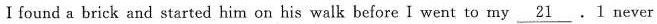
I found a brick and started him on his walk before I went to my \underline{21}.1 never